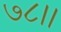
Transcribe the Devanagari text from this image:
७८।।